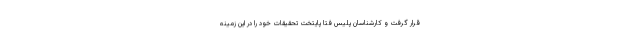
قرار گرفت و کارشناسان پلیس فتا پایتخت تحقیقات خود را در این زمینه